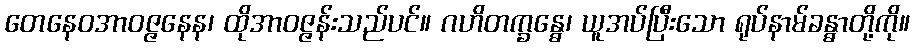
တေနေဝအာဝဇ္ဇနေန၊ ထိုအာဝဇ္ဇန်းသည်ပင်။ ဂဟိတက္ခန္ဓေ၊ ယူအပ်ပြီးသော ရုပ်နာမ်ခန္ဓာတို့ကို။